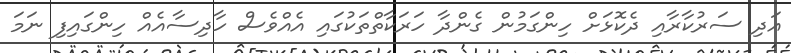
އަދި ސަރުކާރާއި ދެކޮޅަށް ހިންގަމުން ގެންދާ ހަރަކާތްތަކުގައި އެއްވެސް ހާދިސާއެއް ހިންގައިފި ނަމަ